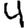
Digit: 4